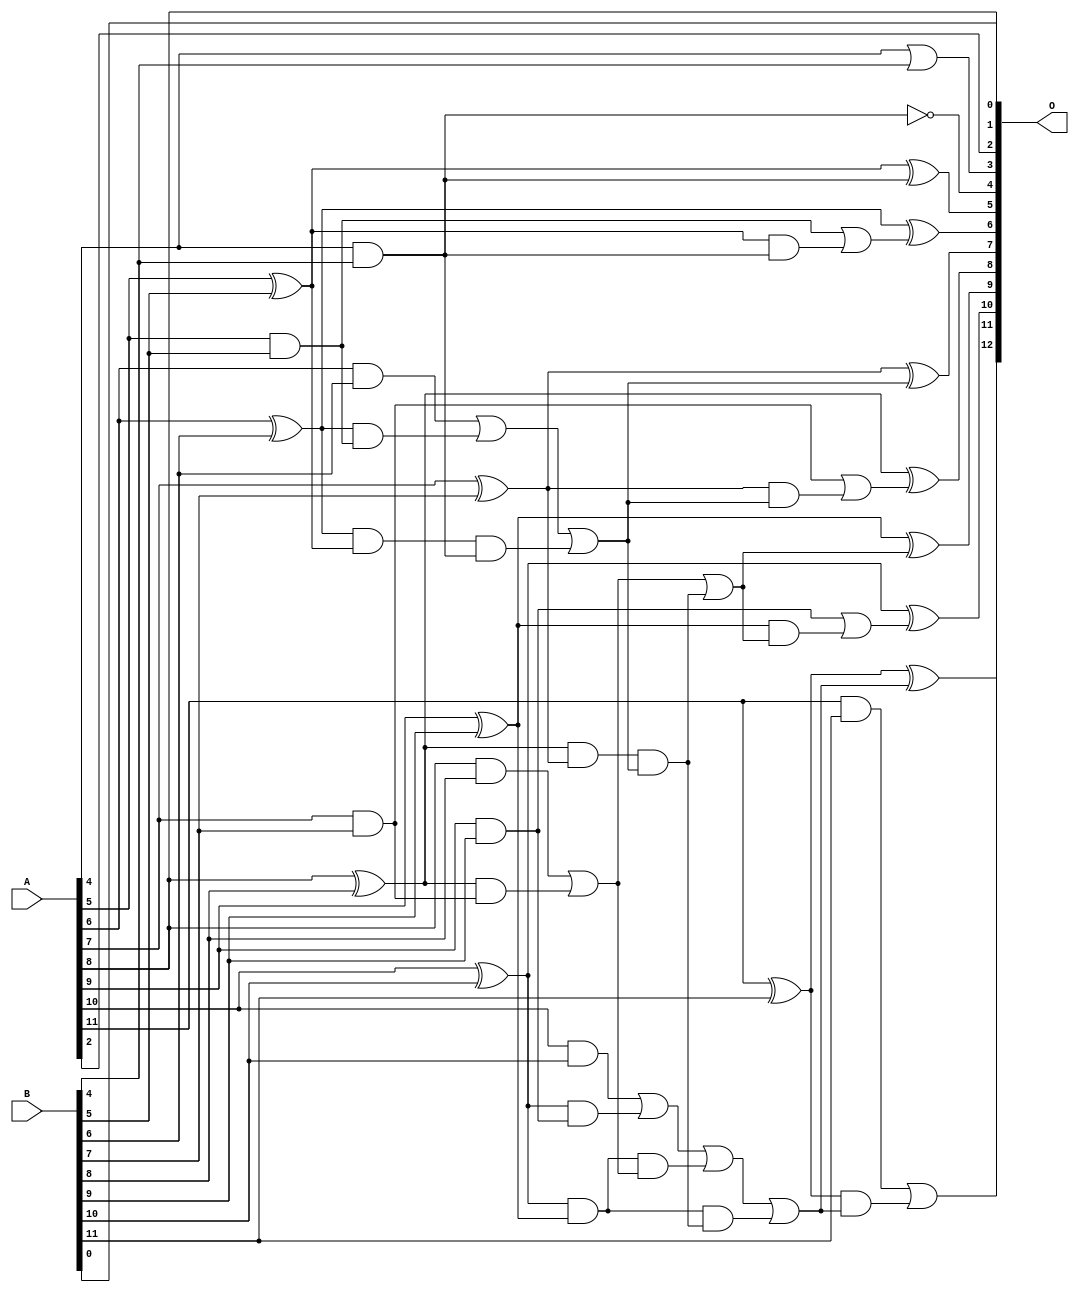
/***
* This code is a part of EvoApproxLib library (ehw.fit.vutbr.cz/approxlib) distributed under The MIT License.
* When used, please cite the following article(s): V. Mrazek, Z. Vasicek and R. Hrbacek, "Role of circuit representation in evolutionary design of energy-efficient approximate circuits" in IET Computers & Digital Techniques, vol. 12, no. 4, pp. 139-149, 7 2018. doi: 10.1049/iet-cdt.2017.0188 
* This file contains a circuit from a sub-set of pareto optimal circuits with respect to the pwr and mre parameters
***/
// MAE% = 0.073 %
// MAE = 6.0 
// WCE% = 0.22 %
// WCE = 18 
// WCRE% = 1600.00 %
// EP% = 94.92 %
// MRE% = 0.20 %
// MSE = 54 
// PDK45_PWR = 0.032 mW
// PDK45_AREA = 68.5 um2
// PDK45_DELAY = 0.63 ns

module add12u_17B(A, B, O);
  input [11:0] A, B;
  output [12:0] O;
  wire n_352, n_198, n_413, n_259, n_377, n_234, n_193, n_23, n_22, n_21;
  wire n_20, n_25, n_341, n_418, n_249, n_80, n_382, n_85, n_326, n_280;
  wire n_388, n_65, n_285, n_141, n_244, n_203, n_126, n_300, n_208, n_100;
  wire n_121, n_106, n_403, n_182, n_347, n_188, n_8, n_9, n_4, n_5;
  wire n_6, n_7, n_0, n_1, n_2, n_3, n_218, n_408, n_18, n_19;
  wire n_16, n_17, n_14, n_15, n_12, n_13, n_10, n_11, n_393, n_116;
  wire n_95, n_111, n_90, n_367, n_75, n_295, n_70, n_290, n_331, n_213;
  wire n_336, n_136, n_177, n_398, n_131;
  assign n_0 = A[0];
  assign n_1 = A[1];
  assign n_2 = A[2];
  assign n_3 = A[3];
  assign n_4 = A[4];
  assign n_5 = A[5];
  assign n_6 = A[6];
  assign n_7 = A[7];
  assign n_8 = A[8];
  assign n_9 = A[9];
  assign n_10 = A[10];
  assign n_11 = A[11];
  assign n_12 = B[0];
  assign n_13 = B[1];
  assign n_14 = B[2];
  assign n_15 = B[3];
  assign n_16 = B[4];
  assign n_17 = B[5];
  assign n_18 = B[6];
  assign n_19 = B[7];
  assign n_20 = B[8];
  assign n_21 = B[9];
  assign n_22 = B[10];
  assign n_23 = B[11];
  assign n_25 = ~(n_4 | n_16);
  assign n_65 = ~(n_4 & n_16);
  assign n_70 = n_4 & n_16;
  assign n_75 = n_5 ^ n_17;
  assign n_80 = n_5 & n_17;
  assign n_85 = n_6 ^ n_18;
  assign n_90 = n_6 & n_18;
  assign n_95 = n_7 ^ n_19;
  assign n_100 = n_7 & n_19;
  assign n_106 = n_8 ^ n_20;
  assign n_111 = n_8 & n_20;
  assign n_116 = n_9 ^ n_21;
  assign n_121 = n_9 & n_21;
  assign n_126 = n_10 ^ n_22;
  assign n_131 = n_10 & n_22;
  assign n_136 = n_11 ^ n_23;
  assign n_141 = n_11 & n_23;
  assign n_177 = n_85 & n_80;
  assign n_182 = n_85 & n_75;
  assign n_188 = n_90 | n_177;
  assign n_193 = n_106 & n_100;
  assign n_198 = n_106 & n_95;
  assign n_203 = n_111 | n_193;
  assign n_208 = n_126 & n_121;
  assign n_213 = n_126 & n_116;
  assign n_218 = n_131 | n_208;
  assign n_234 = n_182 & n_70;
  assign n_244 = n_188 | n_234;
  assign n_249 = n_213 & n_203;
  assign n_259 = n_218 | n_249;
  assign n_280 = n_244;
  assign n_285 = n_198 & n_280;
  assign n_290 = n_203 | n_285;
  assign n_295 = n_213 & n_285;
  assign n_300 = n_259 | n_295;
  assign n_326 = n_75 & n_70;
  assign n_331 = n_80 | n_326;
  assign n_336 = n_95 & n_280;
  assign n_341 = n_100 | n_336;
  assign n_347 = n_116 & n_290;
  assign n_352 = n_121 | n_347;
  assign n_367 = ~n_25;
  assign n_377 = n_75 ^ n_70;
  assign n_382 = n_85 ^ n_331;
  assign n_388 = n_95 ^ n_280;
  assign n_393 = n_106 ^ n_341;
  assign n_398 = n_116 ^ n_290;
  assign n_403 = n_126 ^ n_352;
  assign n_408 = n_136 ^ n_300;
  assign n_413 = n_136 & n_300;
  assign n_418 = n_141 | n_413;
  assign O[0] = n_12;
  assign O[1] = n_8;
  assign O[2] = n_2;
  assign O[3] = n_367;
  assign O[4] = n_65;
  assign O[5] = n_377;
  assign O[6] = n_382;
  assign O[7] = n_388;
  assign O[8] = n_393;
  assign O[9] = n_398;
  assign O[10] = n_403;
  assign O[11] = n_408;
  assign O[12] = n_418;
endmodule